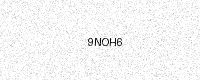
Text: 9NOH6